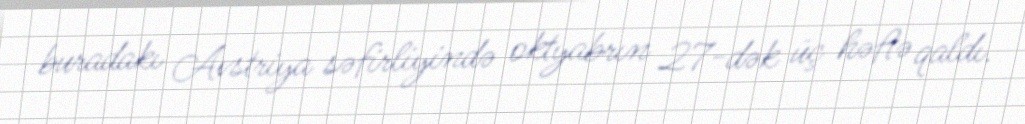
buradakı Avstriya səfirliyində oktyabrın 27-dək üç həftə qaldı.